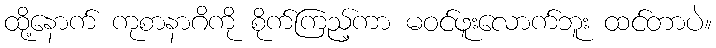
ထို့နောက် ကုစာနာဂိကို စိုက်ကြည့်ကာ မဝင်ဖူးလောက်ဘူး ထင်တာပဲ။